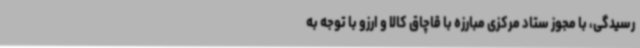
رسیدگی، با مجوز ستاد مرکزی مبارزه با قاچاق کالا و ارزو با توجه به